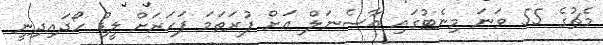
މެޗުގެ 55 ވަނަ މިނެޓުގައި އާސެނަލް އަށް ފުރަތަމަ ފަހަރަށް ލީޑު ހޯދައިދިނީ